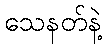
သေနတ်နဲ့